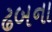
ઢબના